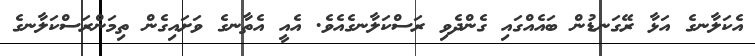
އެކަލާނގެ އަޅާ ރޭގަނޑުން ބައެއްގައި ގެންދެވި ރަސްކަލާނގެއެވެ. އެއީ އެތާނގެ ވަށައިގެން ތިމަންރަސްކަލާނގެ